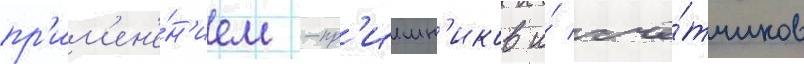
пр'им'ен'е́н'ием -пр'иемн'иков и́ счё́тчиков